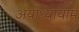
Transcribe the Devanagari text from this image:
अयोध्यायाम्